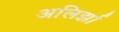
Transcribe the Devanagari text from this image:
अलिर्झा